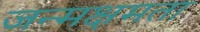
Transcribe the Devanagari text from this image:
जन्मक्षमता